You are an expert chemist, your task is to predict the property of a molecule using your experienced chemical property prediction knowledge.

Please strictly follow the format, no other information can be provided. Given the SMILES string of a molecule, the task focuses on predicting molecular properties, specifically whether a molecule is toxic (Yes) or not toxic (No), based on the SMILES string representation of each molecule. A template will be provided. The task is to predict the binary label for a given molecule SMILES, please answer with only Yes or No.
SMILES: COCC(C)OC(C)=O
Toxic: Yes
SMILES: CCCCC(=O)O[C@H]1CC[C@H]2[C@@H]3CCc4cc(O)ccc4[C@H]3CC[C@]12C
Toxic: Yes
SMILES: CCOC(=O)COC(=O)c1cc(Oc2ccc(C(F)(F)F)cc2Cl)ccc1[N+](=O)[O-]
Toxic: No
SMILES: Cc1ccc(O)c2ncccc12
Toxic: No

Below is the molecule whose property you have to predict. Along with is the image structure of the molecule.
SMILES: N=C(N)NCCCCNC(=N)N
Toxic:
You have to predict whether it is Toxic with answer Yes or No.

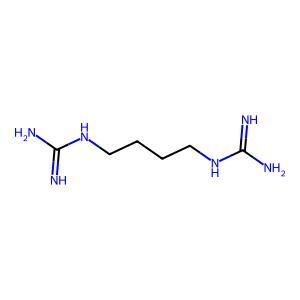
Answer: No